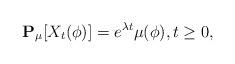
LaTeX: \begin{align*}\mathbf P_\mu[X_t(\phi)]= e^{\lambda t} \mu(\phi),t \geq 0,\end{align*}